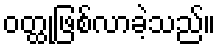
ဝတ္ထုဖြစ်လာခဲ့သည်။